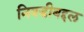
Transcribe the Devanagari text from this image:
निवडीबद्दल